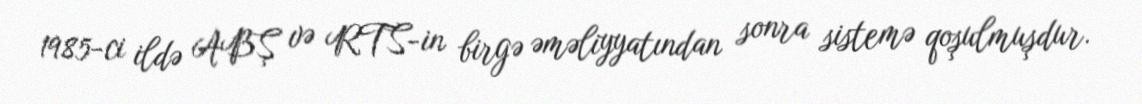
1985-ci ildə ABŞ və RTS-in birgə əməliyyatından sonra sistemə qoşulmuşdur.